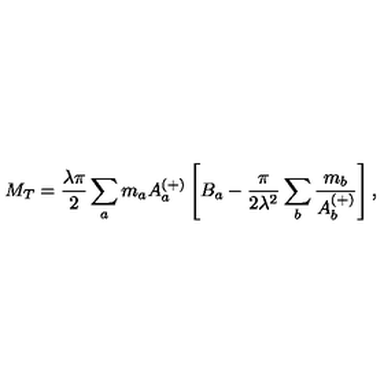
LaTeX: M _ { T } = \frac { \lambda \pi } { 2 } \sum _ { a } m _ { a } A _ { a } ^ { ( + ) } \left[ B _ { a } - \frac { \pi } { 2 \lambda ^ { 2 } } \sum _ { b } \frac { m _ { b } } { A _ { b } ^ { ( + ) } } \right] ,